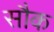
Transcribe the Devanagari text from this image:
सौक